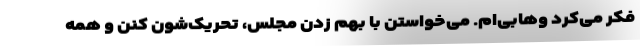
فکر می‌کرد وهابی‌ام. می‌خواستن با بهم زدن مجلس، تحریک‌شون کنن و همه